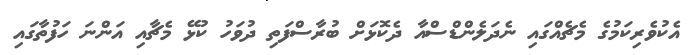
އެކުވެރިކަމުގެ މެޗެއްގައި ނެދަލެންޑްސްއާ ދެކޮޅަށް ބުރާސްފަތި ދުވަހު ކުޅޭ މެޗާއި އަންނަ ހަފުތާގައި